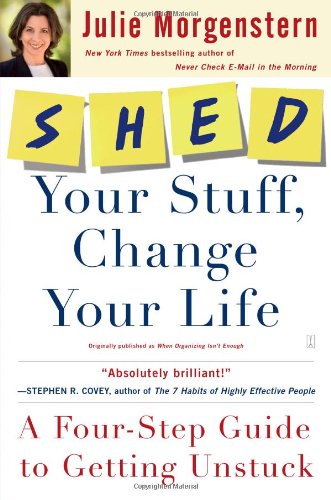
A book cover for SHED Your Stuff, Change Your Life: A Four-Step Guide to Getting Unstuck; Julie Morgenstern; Self-Help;